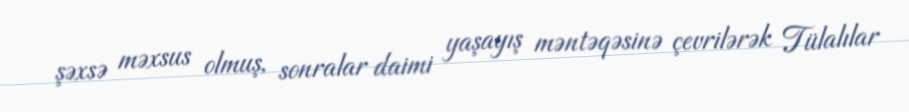
şəxsə məxsus olmuş, sonralar daimi yaşayış məntəqəsinə çevrilərək Tülalılar